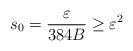
LaTeX: \begin{align*}s_0 = \frac{\varepsilon}{384 B} \geq \varepsilon^{2}\end{align*}